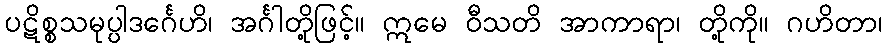
ပဋိစ္စသမုပ္ပါဒင်္ဂေဟိ၊ အင်္ဂါတို့ဖြင့်။ ဣမေ ဝီသတိ အာကာရာ၊ တို့ကို။ ဂဟိတာ၊